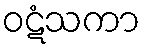
ဝဋံသကာ